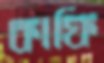
কাফি